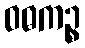
ဝဓကဉ္စ